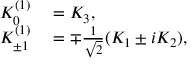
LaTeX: \begin{array} { r l } { K _ { 0 } ^ { ( 1 ) } } & { { } = K _ { 3 } , } \\ { K _ { \pm 1 } ^ { ( 1 ) } } & { { } = \mp { \frac { 1 } { \sqrt { 2 } } } ( K _ { 1 } \pm i K _ { 2 } ) , } \end{array}